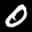
Label: 0